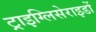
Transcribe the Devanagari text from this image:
ट्राइग्लिसेराइडों